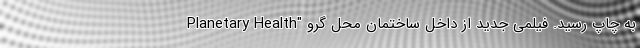
Planetary Health" به چاپ رسید. فیلمی جدید از داخل ساختمان محل گرو